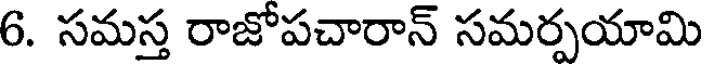
6. సమస్త రాజోపచారాన్ సమర్పయామి